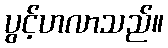
ပွင့်ဟလာသည်။